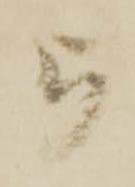
被